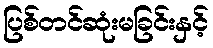
ပြစ်တင်ဆုံးမခြင်းနှင့်